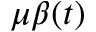
\mu \beta ( t )